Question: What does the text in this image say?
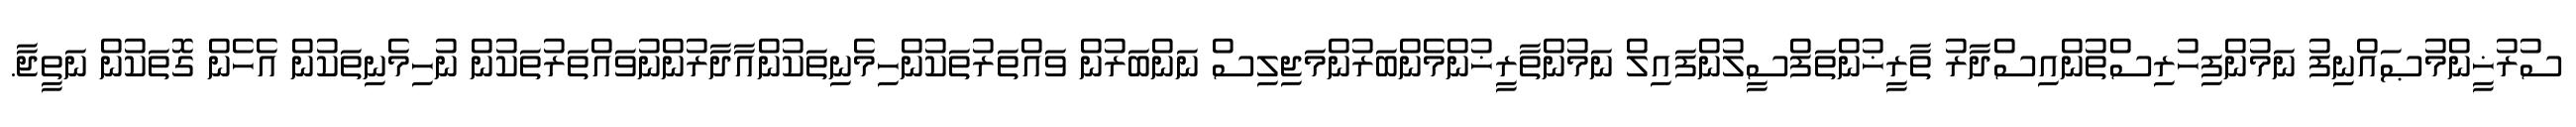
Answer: ސުރުޚީންމުޞައްނިފު ނަމުންފިހުރިސްތުންއިސްދާރު ތާރީޚުންތަފްސީލުންފައިލް ނަމުންތާރީޚުންމެންބަރުންމަޖިލިސް ނަންބަރުން ވައްތަރުތަކުންހިމެނިތަކުންއާދާރުންނުވައްތަރުތަކުން ނުހިމެނިތަކުން އެހެން ގޮތަކުން ނަތީޖާ.